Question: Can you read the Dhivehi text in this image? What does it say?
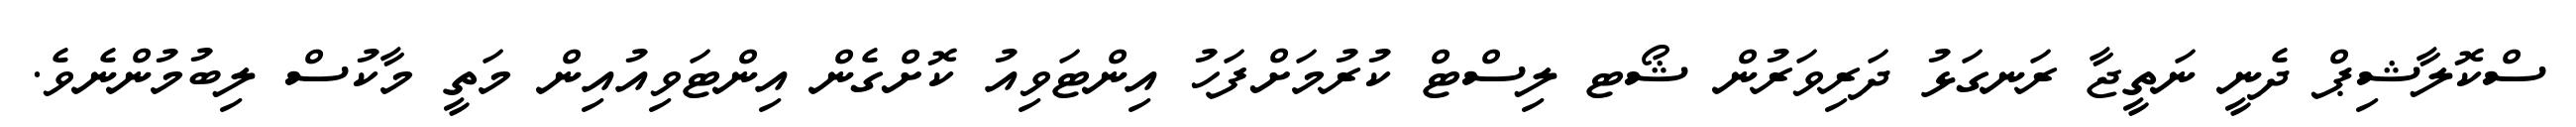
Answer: ސްކޮލާޝިޕް ދެނީ ނަތީޖާ ރަނގަޅު ދަރިވަރުން ޝޯޓ ލިސްޓް ކުރުމަށްފަހު އިންޓަވިއު ކޮށްގެން އިންޓަވިއުއިން މަތީ މާކުސް ލިބުމުންނެވެ.